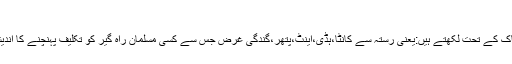
الخ، ٢/٦٠٣،حدیث: ٩٨٩٢)
مُفَسِّرِشَہِیرحکیمُ الْاُمَّت حضر ت ِ مفتی احمد یار خان علیہ رحمةُ الحنّان اِس حدیثِ پاک کے تحت لکھتے ہیں:یعنی رستہ سے کانٹا،ہڈی،اینٹ،پتھر،گندگی غرض جس سے کسی مسلمان راہ گیر کو تکلیف پہنچنے کا اندیشہ ہو اس کو ہٹا دینا بھی نیکی ہے جس پر صدقہ کا ثواب اور جوڑ کا شکریہ ہے۔